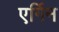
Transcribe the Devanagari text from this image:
एर्गिन